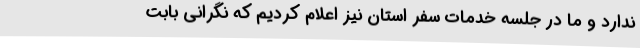
ندارد و ما در جلسه خدمات سفر استان نیز اعلام کردیم که نگرانی بابت